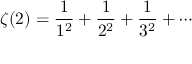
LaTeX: \zeta ( 2 ) = { \frac { 1 } { 1 ^ { 2 } } } + { \frac { 1 } { 2 ^ { 2 } } } + { \frac { 1 } { 3 ^ { 2 } } } + \cdots